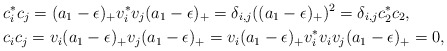
\begin{align*}&c_i^*c_j=(a_1-\epsilon)_+ v_i^*v_j(a_1-\epsilon)_+=\delta_{i,j}((a_1-\epsilon)_+)^2=\delta_{i,j}c_2^*c_2,\\&c_ic_j=v_i(a_1-\epsilon)_+ v_j(a_1-\epsilon)_+=v_i(a_1-\epsilon)_+v_i^*v_i v_j(a_1-\epsilon)_+=0, \end{align*}